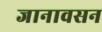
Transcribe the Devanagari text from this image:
जानावसन